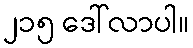
၂၁၅ ဒေါ်လာပါ။